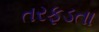
તરફડતા